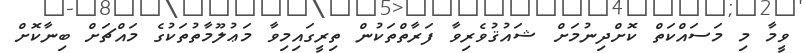
ވީމާ މި މަސައްކަތް ކޮށްދިނުމަށް ޝައުޤުވެރިވާ ފަރާތްތަކުން ތިރީގައިމިވާ މަޢުލޫމާތުތަކުގެ މައްޗަށް ބިނާކޮށް